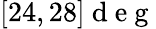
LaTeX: \left[24,28\right]\mathrm{~d~e~g~}